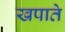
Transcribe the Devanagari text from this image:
खपाते